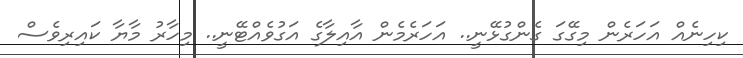
ކިހިނެއް އަހަރެން މިގޭގަ ގެންގުޅޭނީ.. އަހަރެމެން އާއިލާގެ އަގުވެއްޓޭނީ.. މިހާރު މާޔާ ކައިރިވެސް